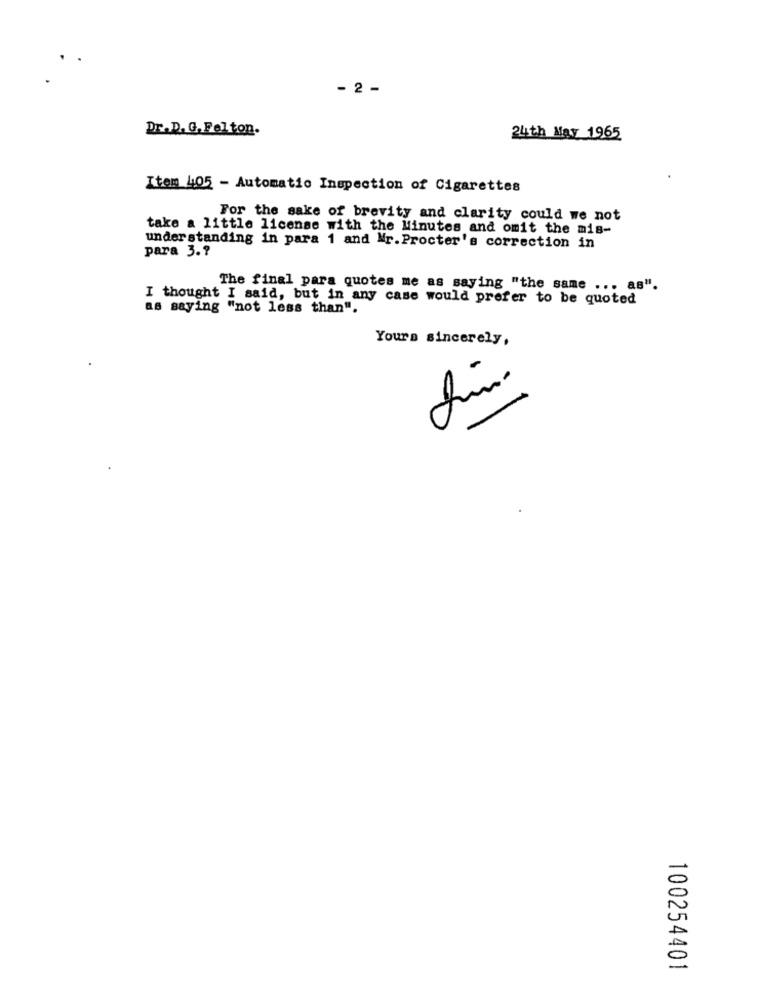
- 2 -
Dr.D. G. Felton.
24th May 1965
Item 405 - Automatic Inspection of Cigarettes
For the sake of brevity and clarity could we not
take a little license with the Minutes and omit the mis-
understanding in para 1 and Mr. Procter's correction in
para 3 .?
The final para quotes me as saying "the same ... as".
I thought I said, but in any case would prefer to be quoted
as saying "not less than".
Yours sincerely,
100254401